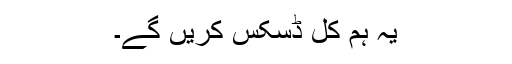
یہ ہم کل ڈسکس کریں گے۔